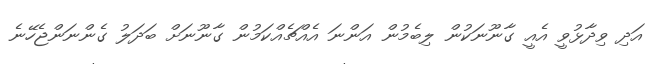
އަދި ވިދާޅުވީ އެއީ ގާނޫނަކުން ލިބެމުން އަންނަ އެއްޗެއްކަމުން ގާނޫނަށް ބަދަލު ގެންނަންޖެހޭނެ